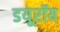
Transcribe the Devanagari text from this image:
डयूरॉय